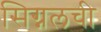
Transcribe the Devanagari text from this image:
सिग्नलची